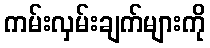
ကမ်းလှမ်းချက်များကို